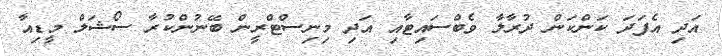
އަދި އެފަދަ ކަންކަން ދުރާލާ ވެބްސައިޓާއި އަދި މިނިސްޓްރީން ބޭނުންކުރާ ސޯޝަލް މީޑިއާ